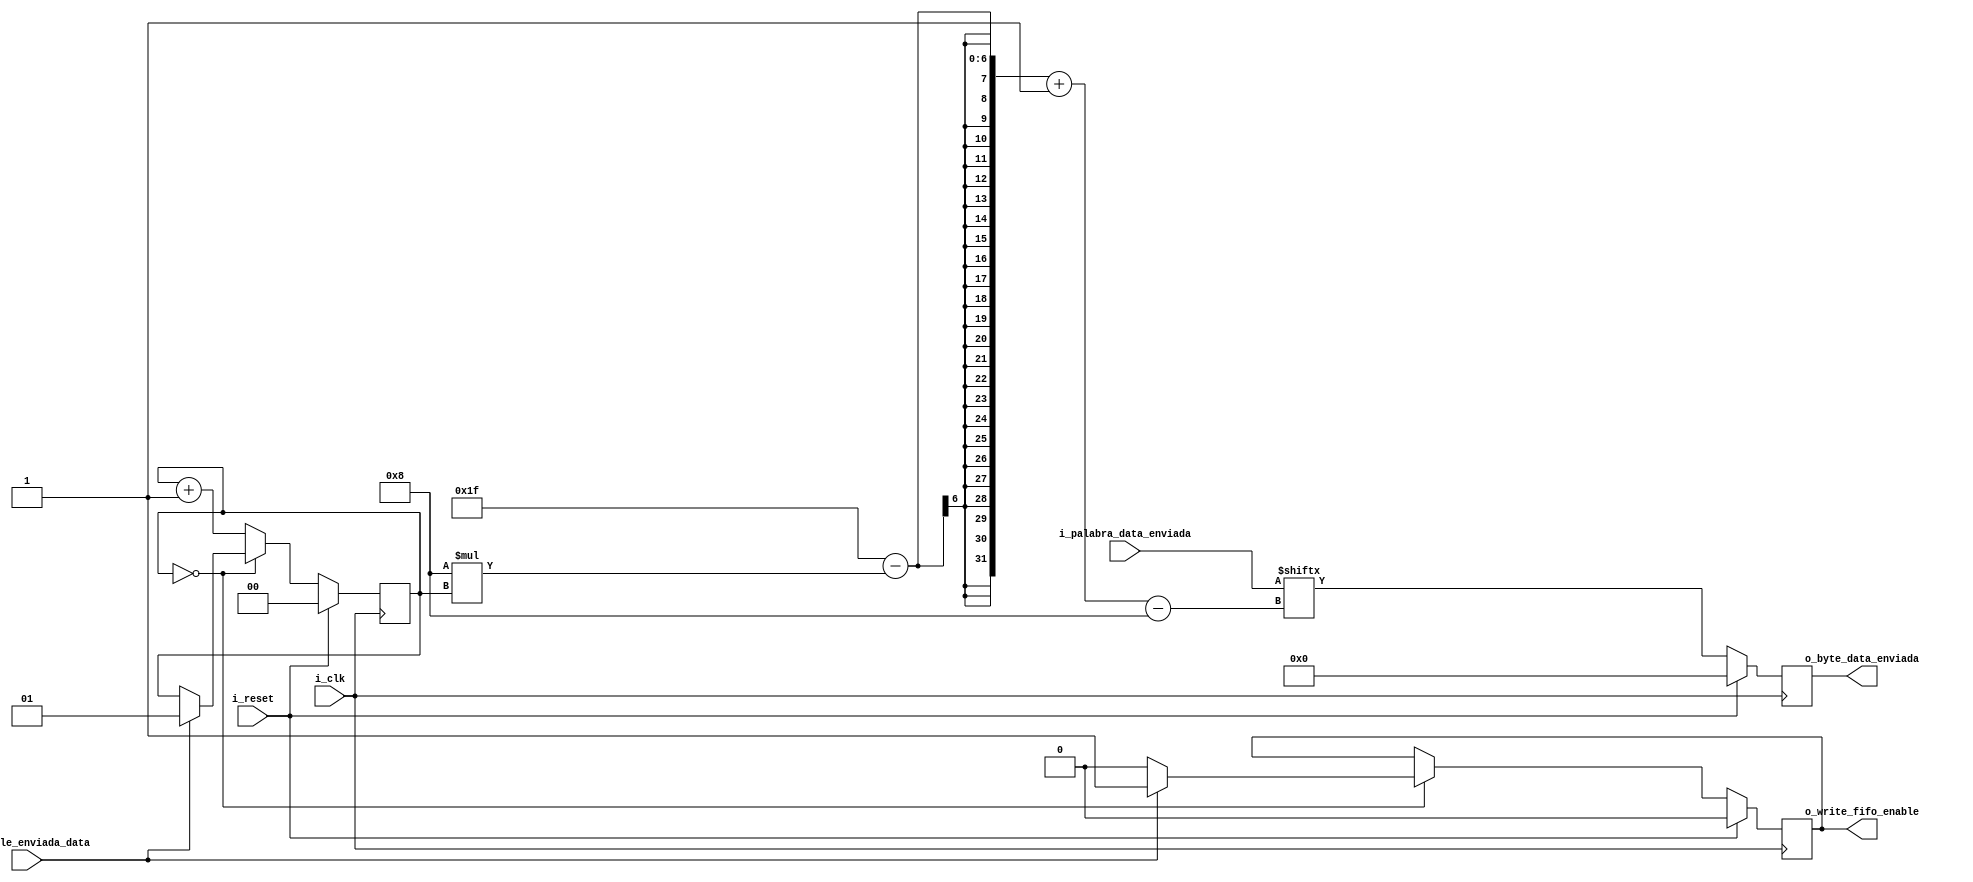
`timescale 1ns / 1ps
//////////////////////////////////////////////////////////////////////////////////
// Company: 
// Engineer: 
// 
// Design Name: 
// Module Name: separador_bytes
// <-----------------------------------------------
// Project Name: 
// Target Devices: 
// Tool Versions: 
// Description: 
// 
// Dependencies: 
// 
// Revision:
// Revision 0.01 - File Created
// Additional Comments:
// 
//////////////////////////////////////////////////////////////////////////////////

module separador_bytes#(
     parameter TAM_DATA  = 32
   )
   (
    input                           i_clk, i_reset,
    input   [TAM_DATA-1:0]          i_palabra_data_enviada,
    input                           i_enable_enviada_data,
    
    output  [8-1:0]                 o_byte_data_enviada,
    output                          o_write_fifo_enable
   );
   localparam BYTES_X_PALABRA = 4;
   localparam BITS_X_BYTE = 8;
    
   reg                              write_fifo_enable_reg, write_fifo_enable_next;

   reg  [BITS_X_BYTE-1:0]           byte_data_enviada_reg, byte_data_enviada_next;
   reg  [BITS_X_BYTE-1:0]           bytes_de_palabras;
   reg  [$clog2(BYTES_X_PALABRA)-1:0] contador_de_bytes_reg, contador_de_bytes_next;
   // body
   always @(posedge i_clk)
      if (i_reset)
         begin
            contador_de_bytes_reg   <=  0;
            write_fifo_enable_reg   <=  0;
            byte_data_enviada_reg   <=  0;
         end
      else
         begin
            contador_de_bytes_reg       <=  contador_de_bytes_next;
            write_fifo_enable_reg       <=  write_fifo_enable_next;
            byte_data_enviada_reg       <=  byte_data_enviada_next;
         end

   always @(*)
   begin
      contador_de_bytes_next    =   contador_de_bytes_reg;
      write_fifo_enable_next    =   write_fifo_enable_reg;  
      byte_data_enviada_next    =   byte_data_enviada_reg;
      
      byte_data_enviada_next    =   i_palabra_data_enviada[(TAM_DATA-1)-BITS_X_BYTE*contador_de_bytes_reg-:BITS_X_BYTE];  
      if(contador_de_bytes_reg == 0)
          if(i_enable_enviada_data)
          begin
            write_fifo_enable_next  =   1;
            contador_de_bytes_next  =   1;      
          end
          else
            write_fifo_enable_next  =  0;
      else
      begin
        contador_de_bytes_next  =   contador_de_bytes_reg + 1;      
      end
   end
   // output
    assign o_byte_data_enviada    =   byte_data_enviada_reg;//i_palabra_data_enviada[(TAM_DATA-1)-BITS_X_BYTE*contador_de_bytes_reg-:BITS_X_BYTE];
    assign o_write_fifo_enable  =   write_fifo_enable_reg;
endmodule